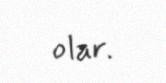
olar.